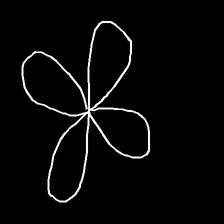
Glyph: billowing